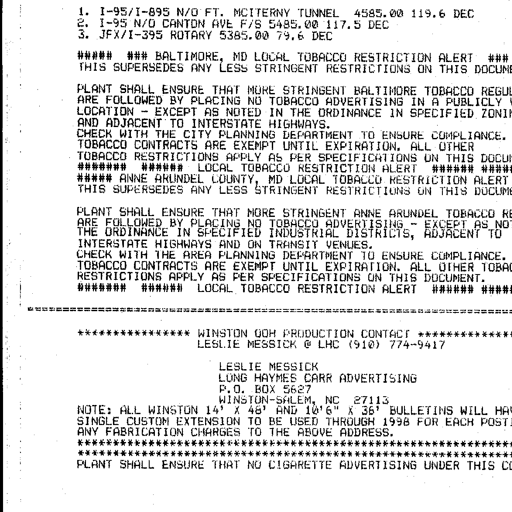
1. I-95/I-895 N/O FT. MCHENRY TUNNEL 4585.00 119.6 DEC
2. I-95 N/O CANTON AVE F/S 5485.00 117.5 DEC
3. JFX/I-395 ROTARY 5385.00 79.6 DEC

##### ### BALTIMORE, MD LOCAL TOBACCO RESTRICTION ALERT ###
THIS SUPERSEDES ANY LESS STRINGENT RESTRICTIONS ON THIS DOCUM

PLANT SHALL ENSURE THAT MORE STRINGENT BALTIMORE TOBACCO REGUL
ARE FOLLOWED BY PLACING NO TOBACCO ADVERTISING IN A PUBLICLY
LOCATION - EXCEPT AS NOTED IN THE ORDINANCE IN SPECIFIED ZONIN
AND ADJACENT TO INTERSTATE HIGHWAYS.
CHECK WITH THE CITY PLANNING DEPARTMENT TO ENSURE COMPLIANCE.
TOBACCO CONTRACTS ARE EXEMPT UNTIL EXPIRATION. ALL OTHER
TOBACCO RESTRICTIONS APPLY AS PER SPECIFICATIONS ON THIS DOCU
####### ###### LOCAL TOBACCO RESTRICTION ALERT ###### ####
##### ANNE ARUNDEL COUNTY, MD LOCAL TOBACCO RESTRICTION ALERT
THIS SUPERSEDES ANY LESS STRINGENT RESTRICTIONS ON THIS DOCUM

PLANT SHALL ENSURE THAT MORE STRINGENT ANNE ARUNDEL TOBACCO RE
ARE FOLLOWED BY PLACING NO TOBACCO ADVERTISING - EXCEPT AS NO
THE ORDINANCE IN SPECIFIED INDUSTRIAL DISTRICTS, ADJACENT TO
INTERSTATE HIGHWAYS AND ON TRANSIT VENUES.
CHECK WITH THE AREA PLANNING DEPARTMENT TO ENSURE COMPLIANCE.
TOBACCO CONTRACTS ARE EXEMPT UNTIL EXPIRATION. ALL OTHER TOBAC
RESTRICTIONS APPLY AS PER SPECIFICATIONS ON THIS DOCUMENT.
####### ###### LOCAL TOBACCO RESTRICTION ALERT ###### ####

============================================================

************** WINSTON OOH PRODUCTION CONTACT ************
LESLIE MESSICK @ LHC (910) 774-9417

LESLIE MESSICK
LONG HAYMES CARR ADVERTISING
P.O. BOX 5627
WINSTON-SALEM, NC 27113
NOTE: ALL WINSTON 14' X 48' AND 10'6" X 36' BULLETINS WILL HA
SINGLE CUSTOM EXTENSION TO BE USED THROUGH 1998 FOR EACH POST
ANY FABRICATION CHARGES TO THE ABOVE ADDRESS.
************************************************************
************************************************************
PLANT SHALL ENSURE THAT NO CIGARETTE ADVERTISING UNDER THIS CO